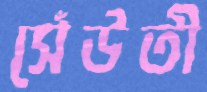
সেঁউতী